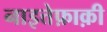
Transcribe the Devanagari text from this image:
नाइत्तेफ़ाक़ी